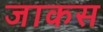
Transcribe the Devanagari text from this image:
जाकस